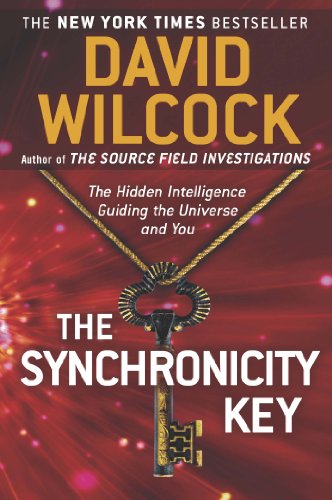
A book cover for The Synchronicity Key: The Hidden Intelligence Guiding the Universe and You; David Wilcock; Religion & Spirituality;